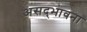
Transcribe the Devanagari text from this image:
असद्‍भावना